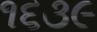
૧૬૩૯